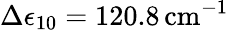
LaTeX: \Delta\epsilon_{10}=120.8\, \mathrm{cm}^{-1}